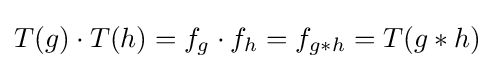
T(g)\cdot T(h)=f_{g}\cdot f_{h}=f_{g*h}=T(g*h)